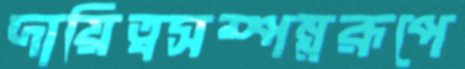
দায়িত্বসম্পন্নরূপে